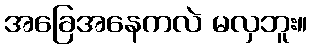
အခြေအနေကလဲ မလှဘူး။